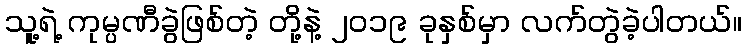
သူ့ရဲ့ ကုမ္ပဏီခွဲဖြစ်တဲ့ တို့နဲ့ ၂၀၁၉ ခုနှစ်မှာ လက်တွဲခဲ့ပါတယ်။